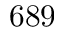
6 8 9